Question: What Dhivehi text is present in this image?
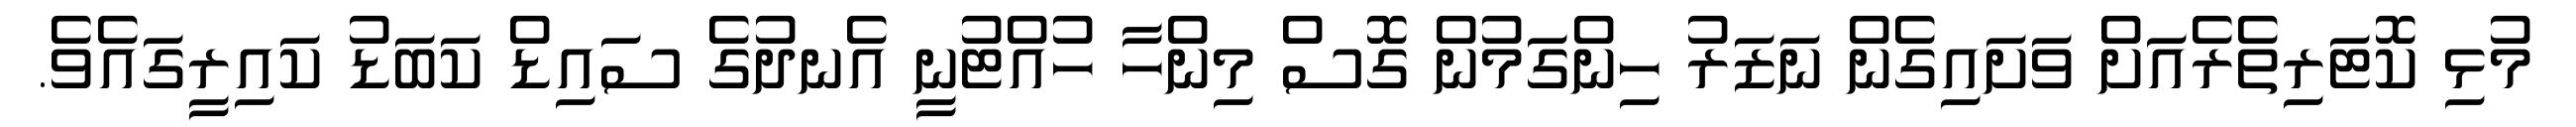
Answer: މުޅި ކޮޓަރިތެރެއަށް ވަށައިގެން ނަޒަރު ހިންގަމުން ގޮސް މިންހާ ހުއްޓުނީ އެނދުގެ ސައިޑް ކަބަޑު ކައިރީގައެވެ.